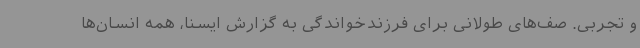
و تجربی. صف‌های طولانی برای فرزندخواندگی به گزارش ایسنا، همه انسان‌ها